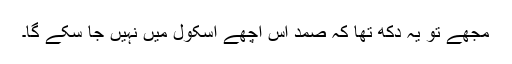
مجھے تو یہ دکھ تھا کہ صمد اس اچھے اسکول میں نہیں جا سکے گا۔